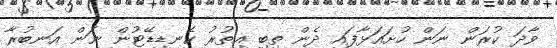
ވާދަ ކުރަން ނަން ހުށައަޅާފައި ދެން ތިބި އިތުރު ކެނޑިޑޭޓުން ނަން އަނބުރާ